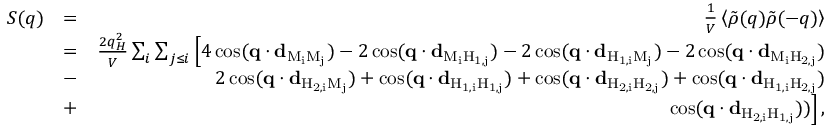
\begin{array} { r l r } { S ( q ) } & { = } & { \frac { 1 } { V } \left\langle \tilde { \rho } ( q ) \tilde { \rho } ( - q ) \right\rangle } \\ & { = } & { \frac { 2 q _ { H } ^ { 2 } } { V } \sum _ { i } \sum _ { j \leq i } \Big [ 4 \cos ( \mathbf { q } \cdot \mathbf { d } _ { \mathrm { M _ { i } M _ { j } } } ) - 2 \cos ( \mathbf { q } \cdot \mathbf { d } _ { \mathrm { M _ { i } H _ { 1 , j } } } ) - 2 \cos ( \mathbf { q } \cdot \mathbf { d } _ { \mathrm { H _ { 1 , i } M _ { j } } } ) - 2 \cos ( \mathbf { q } \cdot \mathbf { d } _ { \mathrm { M _ { i } H _ { 2 , j } } } ) } \\ & { - } & { 2 \cos ( \mathbf { q } \cdot \mathbf { d } _ { \mathrm { H _ { 2 , i } M _ { j } } } ) + \cos ( \mathbf { q } \cdot \mathbf { d } _ { \mathrm { H _ { 1 , i } H _ { 1 , j } } } ) + \cos ( \mathbf { q } \cdot \mathbf { d } _ { \mathrm { H _ { 2 , i } H _ { 2 , j } } } ) + \cos ( \mathbf { q } \cdot \mathbf { d } _ { \mathrm { H _ { 1 , i } H _ { 2 , j } } } ) } \\ & { + } & { \cos ( \mathbf { q } \cdot \mathbf { d } _ { \mathrm { H _ { 2 , i } H _ { 1 , j } } } ) ) \Big ] \, , } \end{array}